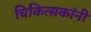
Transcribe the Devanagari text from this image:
चिकित्सकांनी